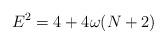
LaTeX: \begin{align*}E^2 = 4 + 4\omega (N + 2) \end{align*}